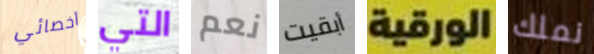
أخصائي التي نعم أبقيت الورقية نملك